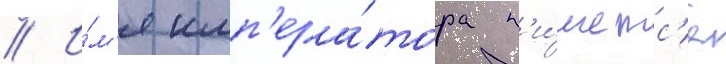
// И́м'я имп'ера́тора п'и́шетс'я